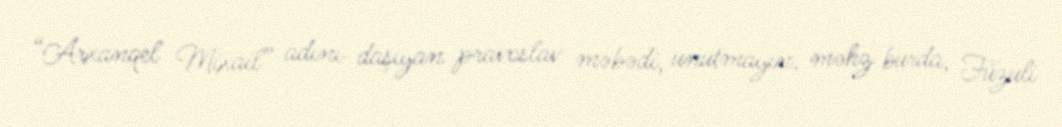
“Arxanqel Mixail” adını daşıyan pravoslav məbədi, unutmayın, məhz burda, Füzuli